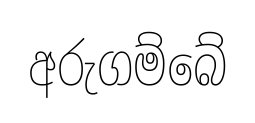
අරුගම්බේ